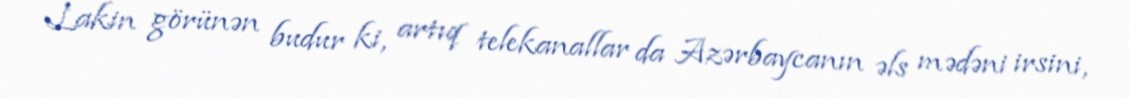
Lakin görünən budur ki, artıq telekanallar da Azərbaycanın əls mədəni irsini,